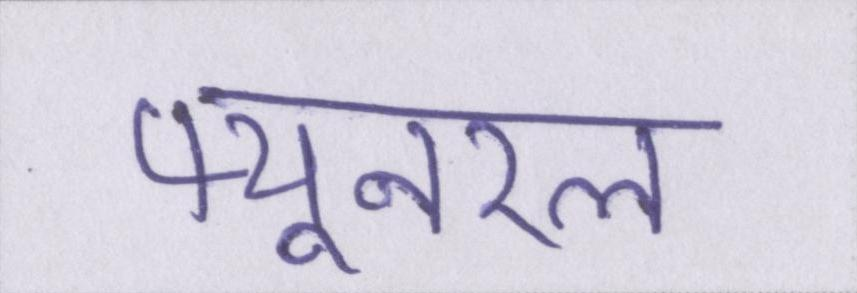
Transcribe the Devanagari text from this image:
फ्यूनरल